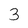
Character: 3